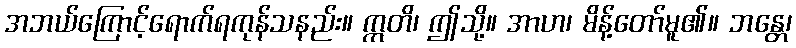
အဘယ်ကြောင့်ရောက်ရကုန်သနည်း။ ဣတိ၊ ဤသို့။ အာဟ၊ မိန့်တော်မူ၏။ ဘန္တေ၊